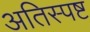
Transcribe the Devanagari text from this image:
अतिस्पष्ट